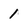
Character: 1